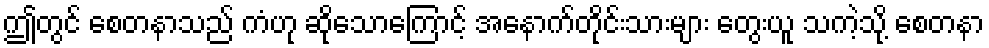
ဤတွင် စေတနာသည် ကံဟု ဆိုသောကြောင့် အနောက်တိုင်းသားများ တွေးယူ သကဲ့သို့ စေတနာ